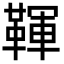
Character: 䩵